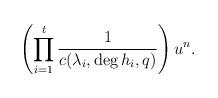
LaTeX: \begin{align*}\left(\prod_{i=1}^t \frac{1}{c(\lambda_i,\deg h_i,q)}\right)u^n. \end{align*}